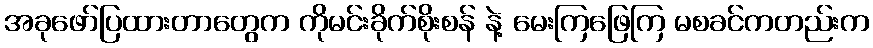
အခုဖော်ပြထားတာတွေက ကိုမင်းခိုက်စိုးစန် နဲ့ မေးကြဖြေကြ မစခင်ကတည်းက